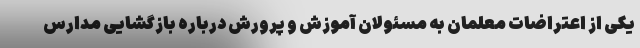
یکی از اعتراضات معلمان به مسئولان آموزش و پرورش درباره بازگشایی مدارس